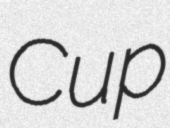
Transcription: Cup